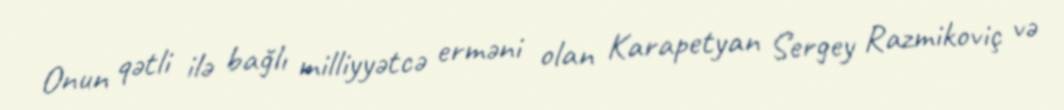
Onun qətli ilə bağlı milliyyətcə erməni olan Karapetyan Sergey Razmikoviç və